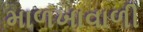
માળખાવાળી